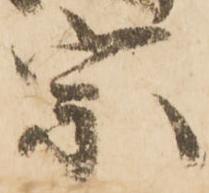
宗